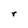
Character: r